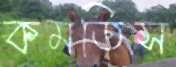
কমতিস